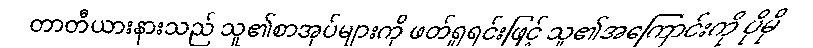
တာတီယားနားသည် သူ၏စာအုပ်များကို ဖတ်ရှုရင်းဖြင့် သူ၏အကြောင်းကို ပိုမို